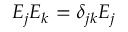
E _ { j } E _ { k } = \delta _ { j k } E _ { j }